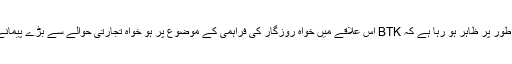
اس تعداد سے واضح طور پر ظاہر ہو رہا ہے کہ BTK اس علاقے میں خواہ روزگار کی فراہمی کے موضوع پر ہو خواہ تجارتی حوالے سے بڑے پیمانے پر تیزی لائے گی۔